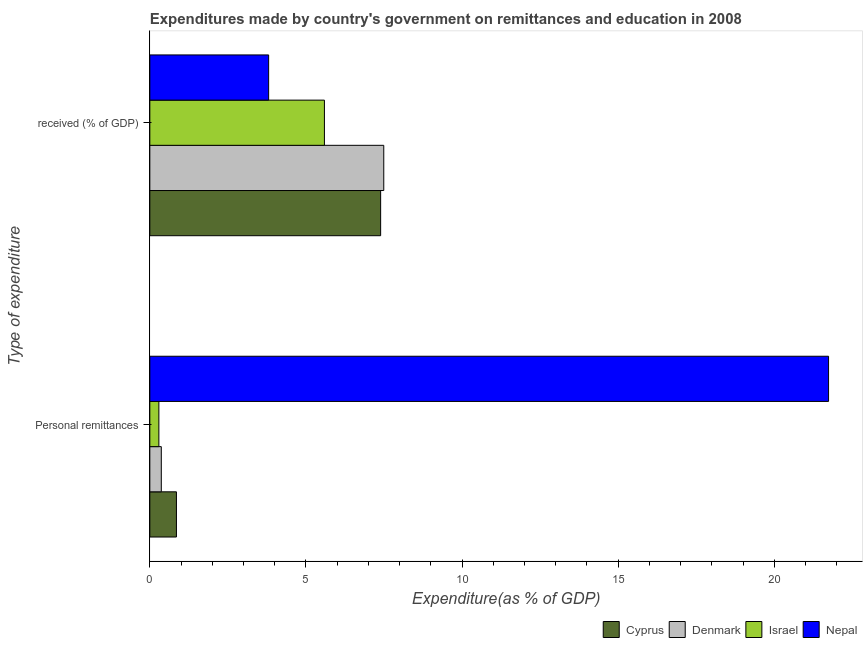
| Type of expenditure | Cyprus | Denmark | Israel | Nepal |
 | --- | --- | --- | --- | --- |
 | Personal remittances | 0.852 | 0.367 | 0.29 | 21.7 |
 |  received (% of GDP) | 7.39 | 7.49 | 5.59 | 3.81 |